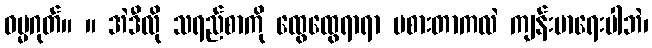
ဓမ္မဂုတ်။ ။ အဲဒီလို သရည်စာကို ထွေထွေရာရာ မစားတာကလဲ ကျန်းမာရေးပါဘဲ၊